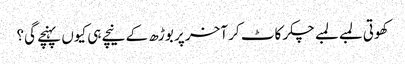
کھوتی لمبے لمبے چکر کاٹ کر آخر پر بوڑھ کے نیچے ہی کیوں پہنچے گی؟